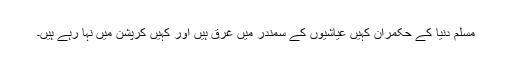
مسلم دنیا کے حکمران کہیں عیاشیوں کے سمندر میں غرق ہیں اور کہیں کرپشن میں نہا رہے ہیں۔